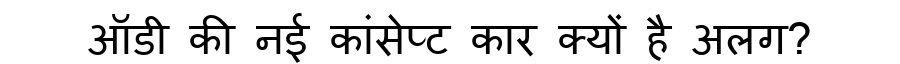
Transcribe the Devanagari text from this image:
ऑडी की नई कांसेप्ट कार क्यों है अलग?